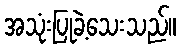
အသုံးပြုခဲ့သေးသည်။